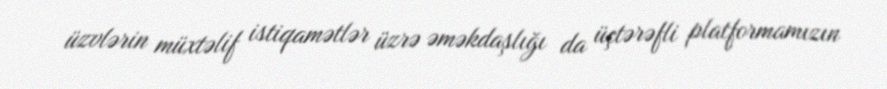
üzvlərin müxtəlif istiqamətlər üzrə əməkdaşlığı da üçtərəfli platformamızın